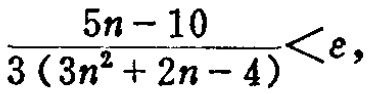
\frac{5n - 10}{3(3n^{2}+2n - 4)}<e,